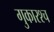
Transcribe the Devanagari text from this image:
गुकारश्च